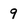
Character: 9